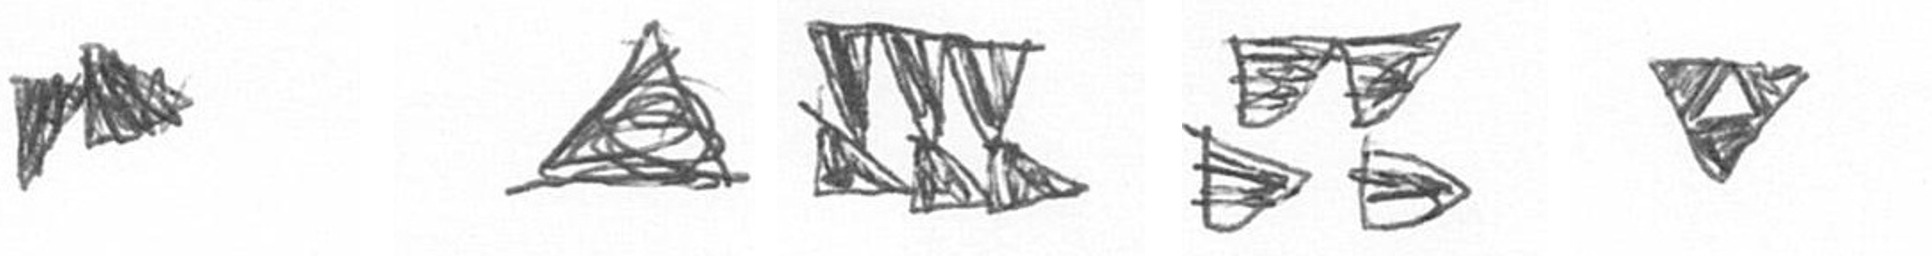
A O D B S